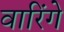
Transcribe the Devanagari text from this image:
वारिंगे